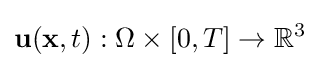
\mathbf {u} (\mathbf {x} ,t):\Omega \times [0,T]\rightarrow \mathbb {R} ^{3}